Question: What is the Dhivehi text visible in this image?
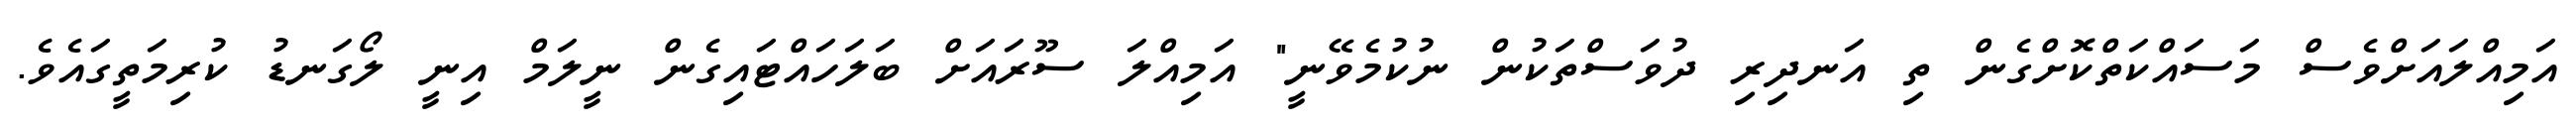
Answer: އަމިއްލައަށްވެސް މަސައްކަތްކޮށްގެން ތި އަނދިރި ދުވަސްތަކުން ނުކުމެވޭނީ" އަމިއްލަ ސޫރައަށް ބަލަހައްޓައިގެން ނީލަމް އިނީ ލޯގަނޑު ކުރިމަތީގައެވެ.